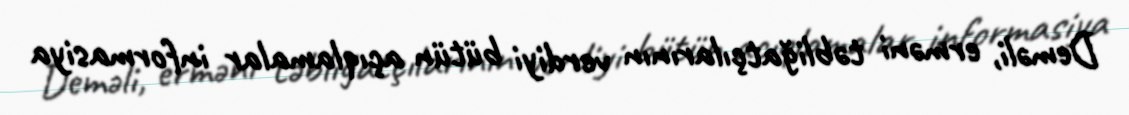
Deməli, erməni təbliğatçılarının verdiyi bütün açıqlamalar informasiya